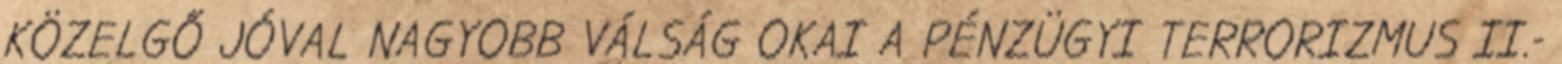
KÖZELGŐ JÓVAL NAGYOBB VÁLSÁG OKAI A PÉNZÜGYI TERRORIZMUS II.-